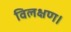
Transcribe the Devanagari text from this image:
विलक्षण।